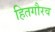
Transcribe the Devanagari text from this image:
हितगौरव